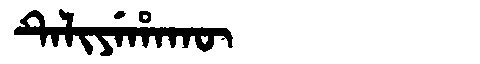
Manchu: ᡨᡝᠯᡳᠶᡝᡥᠠᡴᡡ
Romanization: TELIYEHAKŪ